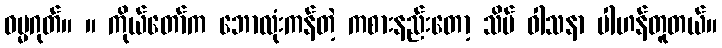
ဓမ္မဂုတ်။ ။ ကိုယ်တော်က ဘောလုံးကန်တဲ့ ကစားနည်းတော့ သိပ် ဝါသနာ ပါဟန်တူတယ်။